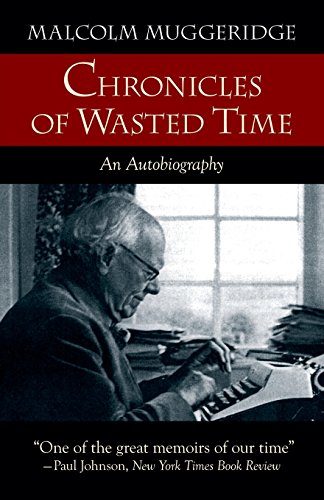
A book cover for Chronicles of Wasted Time; Malcolm Muggeridge; Biographies & Memoirs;